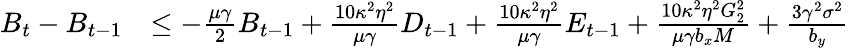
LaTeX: \begin{array}{rl}{B_{t}-B_{t-1}}&{\leq-\frac{\mu\gamma}{2}B_{t-1}+\frac{10\kappa^{2}\eta^{2}}{\mu\gamma}D_{t-1}+\frac{10\kappa^{2}\eta^{2}}{\mu\gamma}E_{t-1}+\frac{10\kappa^{2}\eta^{2}G_{2}^{2}}{\mu\gamma b_{x}M}+\frac{3\gamma^{2}\sigma^{2}}{b_{y}}}\end{array}